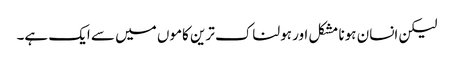
لیکن انسان ہونا مشکل اور ہولناک ترین کاموں میں سے ایک ہے۔